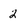
Character: 2